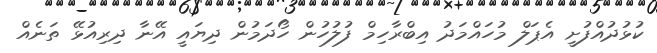
ކުޅުދުއްފުށީ އެޕަލް މުހައްމަދު އިބްރާހިމް ފުލުހުން ހޯދަމުން ދިޔައީ އޭނާ ދިރިއުޅޭ ތަނެއް